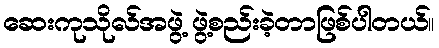
ဆေးကုသိုလ်အဖွဲ့ ဖွဲ့စည်းခဲ့တာဖြစ်ပါတယ်။